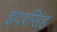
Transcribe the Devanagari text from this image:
इंदरसिंह